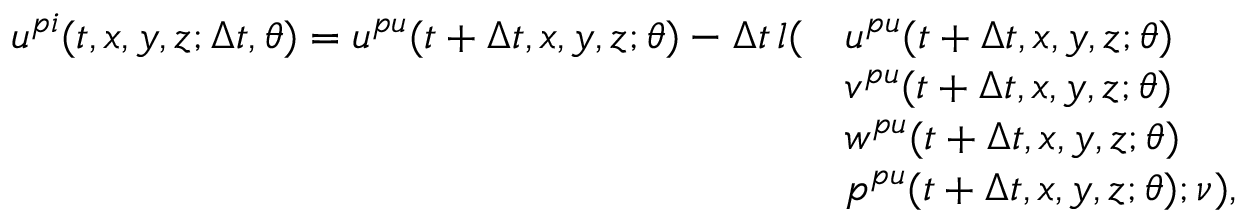
\begin{array} { r l } { u ^ { p i } ( t , x , y , z ; \Delta t , \theta ) = u ^ { p u } ( t + \Delta t , x , y , z ; \theta ) - \Delta t \, l ( } & { u ^ { p u } ( t + \Delta t , x , y , z ; \theta ) } \\ & { v ^ { p u } ( t + \Delta t , x , y , z ; \theta ) } \\ & { w ^ { p u } ( t + \Delta t , x , y , z ; \theta ) } \\ & { p ^ { p u } ( t + \Delta t , x , y , z ; \theta ) ; \nu ) , } \end{array}